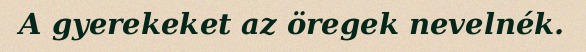
A gyerekeket az öregek nevelnék.